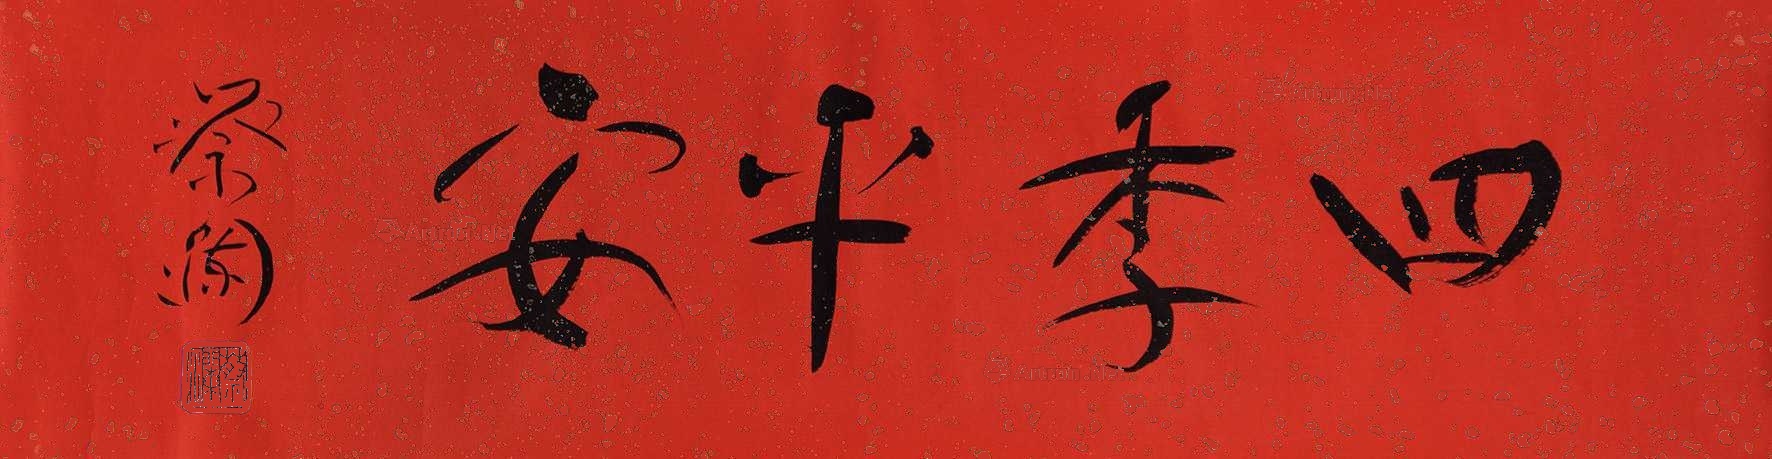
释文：四季平安蔡澜